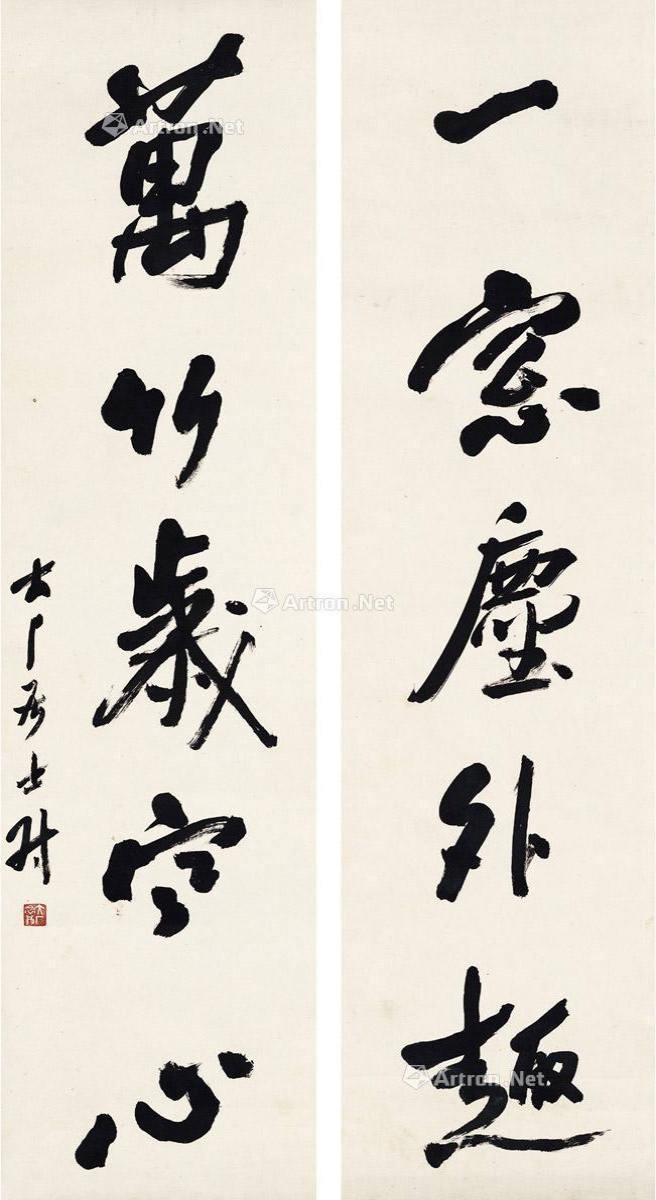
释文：一窗尘外趣，万竹岁寒心。大厂居士孺。